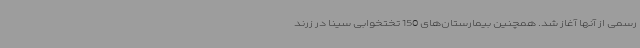
رسمی از آنها آغاز شد. همچنین بیمارستان‌های 150 تختخوابی سینا در زرند